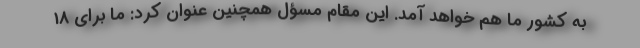
به کشور ما هم خواهد آمد. این مقام مسؤل همچنین عنوان کرد: ما برای 18